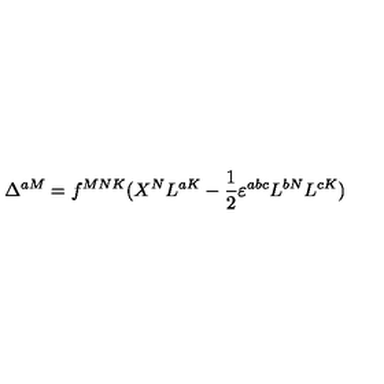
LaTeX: \Delta ^ { a M } = f ^ { M N K } ( X ^ { N } L ^ { a K } - \frac 1 2 \varepsilon ^ { a b c } L ^ { b N } L ^ { c K } )